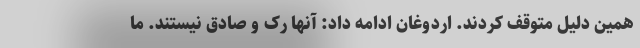
همین دلیل متوقف کردند. اردوغان ادامه داد: آنها رک و صادق نیستند. ما